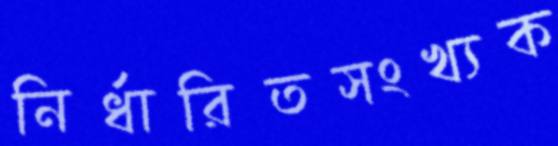
নির্ধারিতসংখ্যক